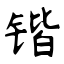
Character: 锴